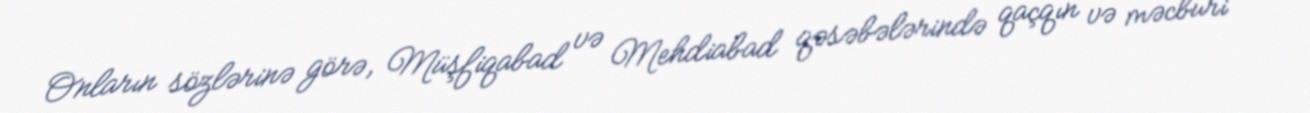
Onların sözlərinə görə, Müşfiqabad və Mehdiabad qəsəbələrində qaçqın və məcburi